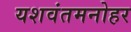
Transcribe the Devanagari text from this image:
यशवंतमनोहर